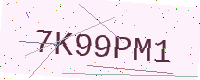
Text: 7K99PM1